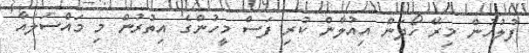
ފުލުހުން މިރޭ ހޯދަން އިއުލާން ކުރި ފަސް މީހުންގެ އިތުރުން މި މައްސަލައާ